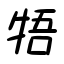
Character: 牾